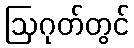
ဩဂုတ်တွင်